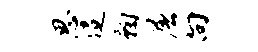
思迢鞠屠向